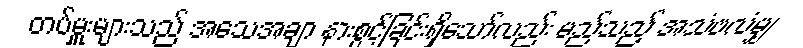
တပ်မှူးများသည် အသေအချာ နားစွင့်ခြင်းရှိသော်လည်း မည်သည့် အသံဗလံမျှ